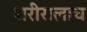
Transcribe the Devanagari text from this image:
शरीरालाच